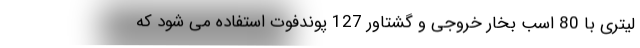
لیتری با 80 اسب بخار خروجی و گشتاور 127 پوندفوت استفاده می شود که